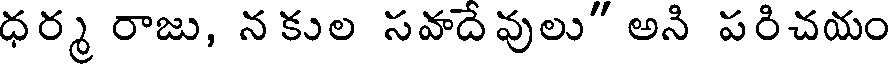
ధర్మ రాజు, న కుల సవాదే వులు" అని పరిచయం